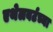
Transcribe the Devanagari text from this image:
एथेलबर्टच्या